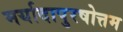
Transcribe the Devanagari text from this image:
मर्यादापुरषोत्तम